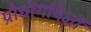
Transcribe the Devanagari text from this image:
प्रौद्योगविज्ञों